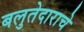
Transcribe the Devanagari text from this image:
बलुतेदाराचे